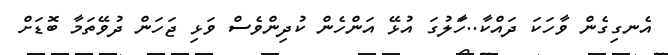
އެނގިގެން ވާހަކަ ދައްކާ..ހަާލުގަ އުޅޭ އަންހެން ކުދިންވެސް ވަޅި ޖަހަން ދުވޭތަމާ ބޮޑަށް